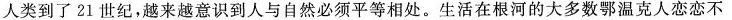
人类到了21世纪，越来越意识到人与自然必须平等相处。生活在根河的大多数鄂温克人恋恋不